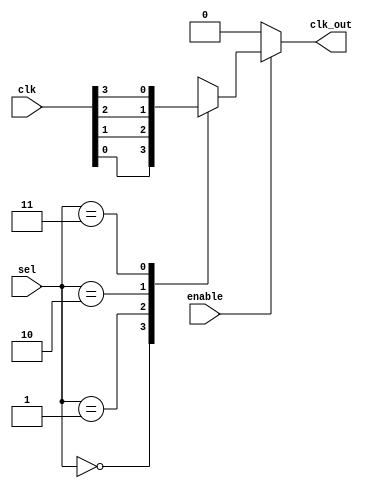
module clock_mux_buffer #(
    parameter NUM_CLOCKS = 4 // Number of clock inputs
)(
    input wire [NUM_CLOCKS-1:0] clk, // Clock inputs (clk0, clk1, ..., clkN)
    input wire [clog2(NUM_CLOCKS)-1:0] sel, // Selection input
    input wire enable, // Enable signal
    output reg clk_out // Output clock
);

// Function to calculate the log base 2 of a number
function integer clog2;
    input integer value;
    begin
        value = value - 1;
        for (clog2 = 0; value > 0; clog2 = clog2 + 1)
            value = value >> 1;
    end
endfunction

// Always block to handle clock selection and enable logic
always @(*) begin
    if (enable) begin
        case (sel)
            2'b00: clk_out = clk[0];
            2'b01: clk_out = clk[1];
            2'b10: clk_out = clk[2];
            2'b11: clk_out = clk[3];
            default: clk_out = 1'b0; // Default case (should not occur)
        endcase
    end else begin
        clk_out = 1'b0; // Hold low when not enabled
    end
end

endmodule